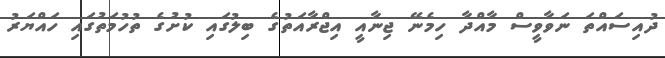
ދުއިސައްތަ ނަވާވީސް މާއްދާ ހިމެނޭ ޖިނާއީ އިޖްރާއަތުގެ ބިލުގައި ކުށުގެ ތުހުމަތުގައި ހައްޔަރު